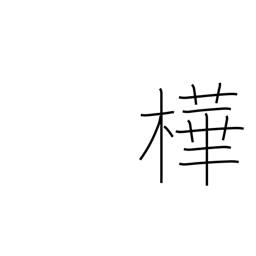
Meaning: dark red